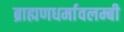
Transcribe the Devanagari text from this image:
ब्राह्मणधर्मावलम्बी